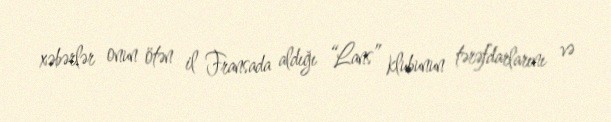
xəbərlər onun ötən il Fransada aldığı “Lans” klubunun tərəfdarlarını və